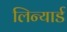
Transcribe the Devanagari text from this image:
लिन्यार्ड